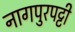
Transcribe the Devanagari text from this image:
नागपुरपट्टी